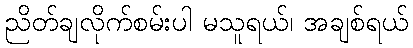
ညိတ်ချလိုက်စမ်းပါ မသူရယ်၊ အချစ်ရယ်